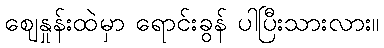
ဈေနှုန်းထဲမှာ ရောင်းခွန် ပါပြီးသားလား။